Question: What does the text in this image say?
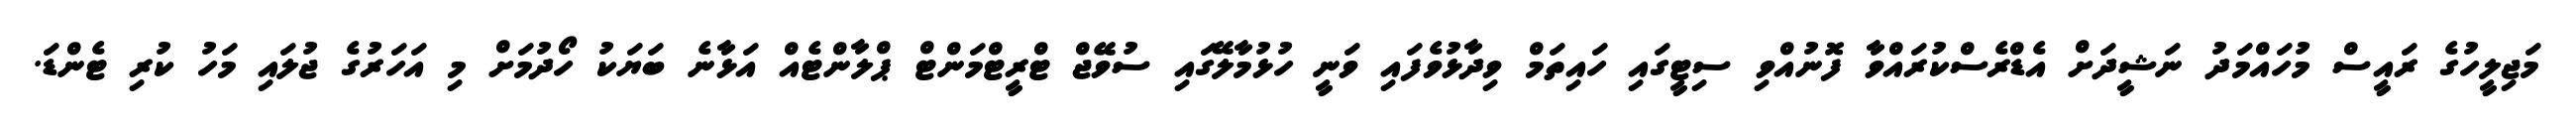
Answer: މަޖިލީހުގެ ރައީސް މުހައްމަދު ނަޝީދަށް އެޑްރެސްކުރައްވާ ފޮނުއްވި ސިޓީގައި ހައިތަމް ވިދާޅުވެފައި ވަނީ ހުޅުމާލޭގައި ސުވޭޖް ޓްރީޓްމަންޓް ޕްލާންޓެއް އަޅާނެ ބަޔަކު ހޯދުމަށް މި އަހަރުގެ ޖުލައި މަހު ކުރި ޓެންޑަ.